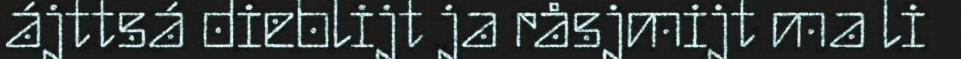
ájttsá dieblijt ja råsjmijt ma li